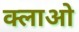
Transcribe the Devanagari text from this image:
क्लाओ